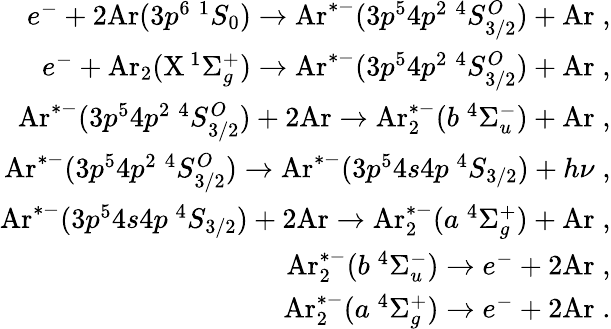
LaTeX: \begin{array}{r}{e^{-}+2\mathrm{Ar}(3p^{6}\ ^{1}S_{0})\rightarrow\mathrm{Ar}^{*-}(3p^{5}4p^{2}\ ^{4}S_{3/2}^{O})+\mathrm{Ar}\; ,}\\ {e^{-}+\mathrm{Ar}_{2}(\mathrm{X}\, ^{1}\Sigma_{g}^{+})\rightarrow\mathrm{Ar}^{*-}(3p^{5}4p^{2}\ ^{4}S_{3/2}^{O})+\mathrm{Ar}\; ,}\\ {\mathrm{Ar}^{*-}(3p^{5}4p^{2}\ ^{4}S_{3/2}^{O})+2\mathrm{Ar}\rightarrow\mathrm{Ar}_{2}^{*-}(b\ ^{4}\Sigma_{u}^{-})+\mathrm{Ar}\; ,}\\ {\mathrm{Ar}^{*-}(3p^{5}4p^{2}\ ^{4}S_{3/2}^{O})\rightarrow\mathrm{Ar}^{*-}(3p^{5}4s4p\ ^{4}S_{3/2})+h\nu\; ,}\\ {\mathrm{Ar}^{*-}(3p^{5}4s4p\ ^{4}S_{3/2})+2\mathrm{Ar}\rightarrow\mathrm{Ar}_{2}^{*-}(a\ ^{4}\Sigma_{g}^{+})+\mathrm{Ar}\; ,}\\ {\mathrm{Ar}_{2}^{*-}(b\ ^{4}\Sigma_{u}^{-})\rightarrow e^{-}+2\mathrm{Ar}\; ,}\\ {\mathrm{Ar}_{2}^{*-}(a\ ^{4}\Sigma_{g}^{+})\rightarrow e^{-}+2\mathrm{Ar}\; .}\end{array}